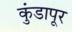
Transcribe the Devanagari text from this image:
कुंडापूर